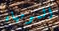
المومياء